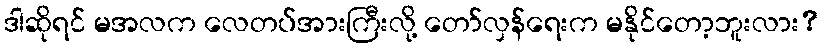
ဒါဆိုရင် မအလက လေတပ်အားကြီးလို့ တော်လှန်ရေးက မနိုင်တော့ဘူးလား?